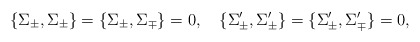
\begin{align*}\{ \Sigma_{\pm}, \Sigma_{\pm} \} = \{ \Sigma_{\pm}, \Sigma_{\mp} \}=0, \quad\{ \Sigma^{\prime}_{\pm}, \Sigma^{\prime}_{\pm} \} =\{ \Sigma^{\prime}_{\pm}, \Sigma^{\prime}_{\mp} \}=0,\end{align*}